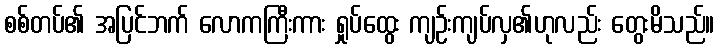
စစ်တပ်၏ အပြင်ဘက် လောကကြီးကား ရှုပ်ထွေး ကျဉ်းကျပ်လှ၏ဟုလည်း တွေးမိသည်။